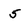
Character: 5